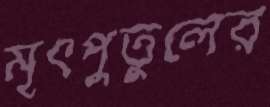
মৃৎপুতুলের